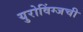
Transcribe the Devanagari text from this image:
युरोविंग्जची